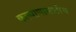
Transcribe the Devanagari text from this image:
कल्याणासाठीच